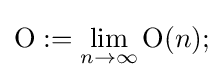
\operatorname {O} :=\lim _{n\rightarrow \infty }\operatorname {O} (n);